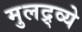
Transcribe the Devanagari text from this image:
मुलद्र्व्ये